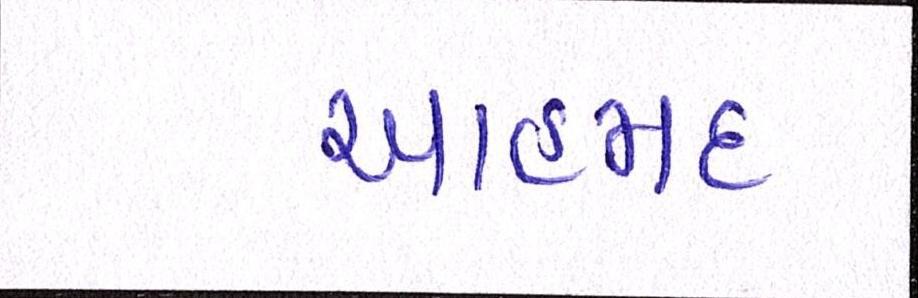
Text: આહમદ